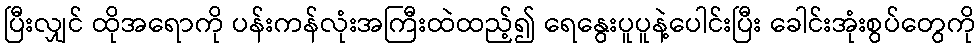
ပြီးလျှင် ထိုအရောကို ပန်းကန်လုံးအကြီးထဲထည့်၍ ရေနွေးပူပူနဲ့ပေါင်းပြီး ခေါင်းအုံးစွပ်တွေကို